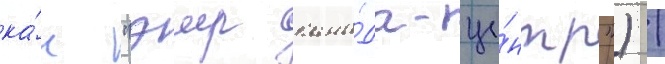
ка́к "эир кана́да-це́нтр") /